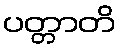
ပတ္တာတိ